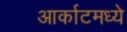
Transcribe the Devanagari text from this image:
आर्काटमध्ये